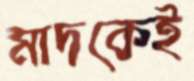
মাদকেই